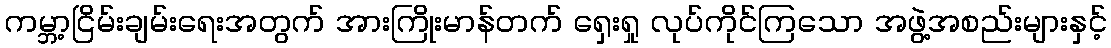
ကမ္ဘာ့ငြိမ်းချမ်းရေးအတွက် အားကြိုးမာန်တက် ရှေးရှု လုပ်ကိုင်ကြသော အဖွဲ့အစည်းများနှင့်